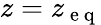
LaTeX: z=z_{\mathrm{~e~q~}}